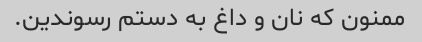
ممنون که نان و داغ به دستم رسوندین.